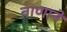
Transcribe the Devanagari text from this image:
ताणाने